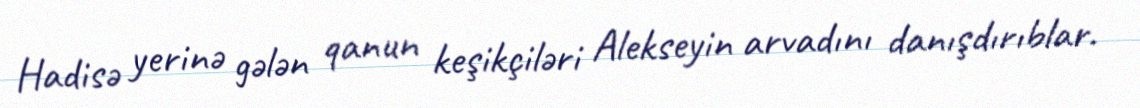
Hadisə yerinə gələn qanun keşikçiləri Alekseyin arvadını danışdırıblar.